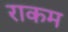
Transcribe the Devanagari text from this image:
राकम